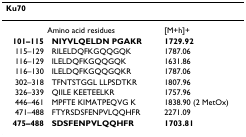
| <COLSPAN=3> Ku70 |
 | --- | --- | --- |
 | <COLSPAN=2> Amino acid residues | [M+h]+ |
 | 101–115 | NIYVLQELDN PGAKR | 1729.92 |
 | 115–129 | RILELDQFKGQQGQK | 1787.06 |
 | 116–129 | ILELDQFKGQQGQK | 1631.86 |
 | 116–130 | ILELDQFKGQQGQKR | 1787.06 |
 | 302–318 | TFNTSTGGL LLPSDTKR | 1807.96 |
 | 326–339 | QIILE KEETEELKR | 1757.96 |
 | 446–461 | MPFTE KIMATPEQVG K | 1838.90 (2 MetOx) |
 | 471–488 | FTYRSDSFENPVLQQHFR | 2271.09 |
 | 475–488 | SDSFENPVLQQHFR | 1703.81 |